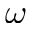
\omega